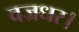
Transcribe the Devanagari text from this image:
वज्रधर।